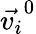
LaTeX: \vec{v_{i}}^{0}